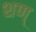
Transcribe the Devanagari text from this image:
शण्